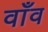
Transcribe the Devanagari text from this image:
वाँव